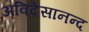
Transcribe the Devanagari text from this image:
अविदेसानन्द